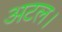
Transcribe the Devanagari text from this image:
अटल।